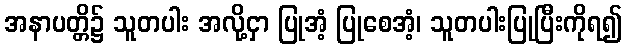
အနာပတ္တိ၌ သူတပါး အလို့ငှာ ပြုအံ့ ပြုစေအံ့၊ သူတပါးပြုပြီးကိုရ၍